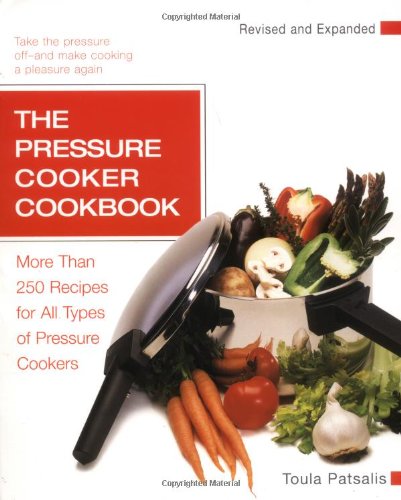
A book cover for The Pressure Cooker Cookbook Revised; Toula Patsalis; Cookbooks, Food & Wine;